Local science and art examinations and technological examinations, 1912, 1912
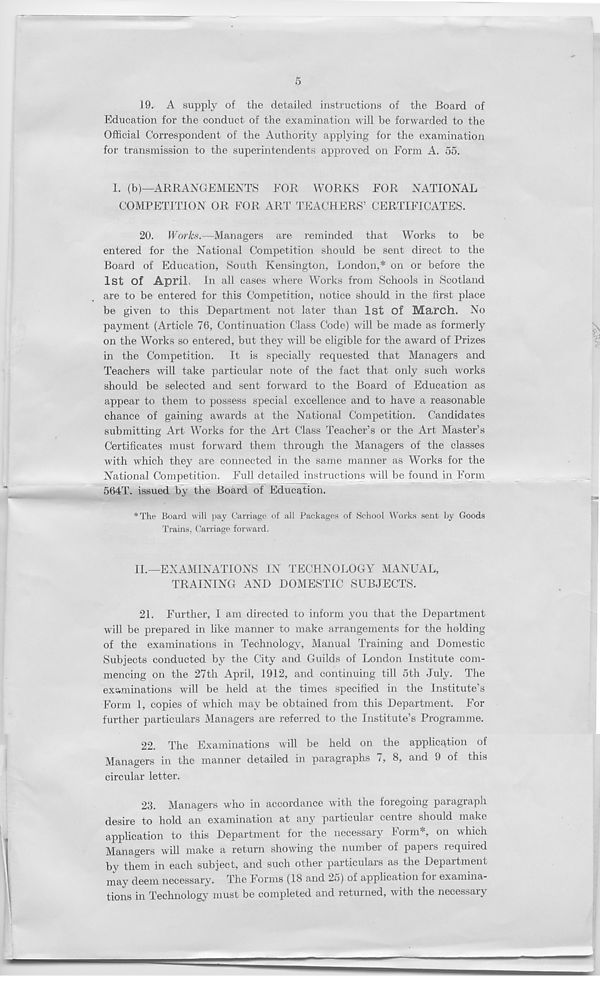
5
19. A supply of the detailed instructions of the Board of
Education for the conduct of the examination will be forwarded to the
Official Correspondent of the Authority applying for the examination
for transmission to the superintendents approved on Form A. 55.
1. (b)—ARRANGEMENTS FOR WORKS FOR NATIONAL
COMPETITION OR FOR ART TEACHERS’ CERTIFICATES.
20. Works.—Managers are reminded that Works to be
entered for the National Competition should be sent direct to the
Board of Education, South Kensington, London,* on or before the
1st Of April, In all cases where Works from Schools in Scotland
are to be entered for this Competition, notice should in the first place
be given to this Department not later than 1st Of March. No
payment (Article 76, Continuation Class Code) will be made as formerly
on the Works so entered, but they will be eligible for the award of Prizes
in the Competition.
It is specially requested that Managers and
Teachers will take particular note of the fact that only such works
should be selected and sent forward to the Board of Education as
appear to them to possess special excellence and to have a reasonable
chance of gaining awards at the National Competition. Candidates
submitting Art Works for the Art Class Teacher’s or the Art Master’s
Certificates must forward them through the Managers of the classes
with which they are connected in the same manner as Works for the
National Competition. Full detailed instructions will be found in Form
564T. issued by the Board of Education.
* The Board will pay Carriage of all Packages of School Works sent by Goods
Trains, Carriage forward.
II.—EXAMINATIONS IN TECHNOLOGY MANUAL,
TRAINING AND DOMESTIC SUBJECTS.
21. Further, 1 am directed to inform you that the Department
will be prepared in like manner to make arrangements for the holding
of the examinations in Technology, Manual Training and Domestic
Subjects conducted by the City and Guilds of London Institute com-
mencing on the 27th April, 1912, and continuing till 5th July. The
examinations will be held at the times specified in the Institute’s
Form 1, copies of which may be obtained from this Department. For
further particulars Managers are referred to the Institute’s Programme.
22. The Examinations will be held on the application of
Managers in the manner detailed in paragraphs 7, 8, and 9 of this
circular letter.
23. Managers who in accordance with the foregoing paragraph
desire to hold an examination at any particular centre should make
application to this Department for the necessary Form*, on which
Managers will make a return showing the number of papers required
by them in each subject, and such other particulars as the Department
may deem necessary. The Forms (18 and 25) of application for examina-
tions in Technology must be completed and returned, with the necessary